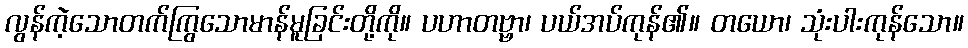
လွန်ကဲ့သောတက်ကြွသောမာန်မူခြင်းတို့ကို။ ပဟာတဗ္ဗာ၊ ပယ်အပ်ကုန်၏။ တယော၊ သုံးပါးကုန်သော။